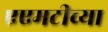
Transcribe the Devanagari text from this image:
एएमटीच्या